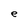
Character: e